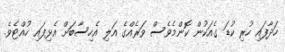
ހަދާފައި ހުރި ކުޑަ ގެއަކުން ކޮންމެވެސް ވަރެއްގެ އަލި އެހިސާބަށް އެޅިފައި ހުއްޓެވެ.